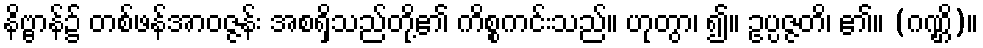
နိဗ္ဗာန်၌ တစ်ဖန်အာဝဇ္ဇန်း အစရှိသည်တို့၏ ကိစ္စကင်းသည်။ ဟုတွာ၊ ၍။ ဥပ္ပဇ္ဇတိ၊ ၏။ (ဂဏ္ဌိ)။